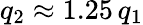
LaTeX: q_{2}\approx 1.25\, q_{1}